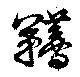
韉